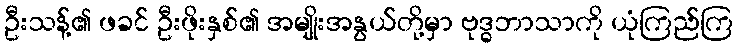
ဦးသန့်၏ ဖခင် ဦးဖိုးနှစ်၏ အမျိုးအနွယ်တို့မှာ ဗုဒ္ဓဘာသာကို ယုံကြည်ကြ